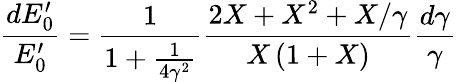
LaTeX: \frac{dE_{0}^{\prime}}{E_{0}^{\prime}}=\frac{1}{1+\frac{1}{4\gamma^{2}}}\frac{2X+X^{2}+X/\gamma}{X\left(1+X\right)}\frac{d\gamma}{\gamma}